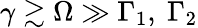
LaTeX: \gamma\gtrsim\Omega\gg\Gamma_{1},\ \Gamma_{2}